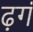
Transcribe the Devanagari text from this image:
ढ़गं